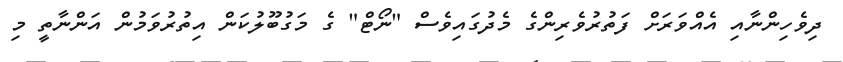
ދިވެހިންނާއި އެއްވަރަށް ފަތުރުވެރިންގެ މެދުގައިވެސް "ނޯޓް" ގެ މަގުބޫލުކަން އިތުރުވަމުން އަންނާތީ މި